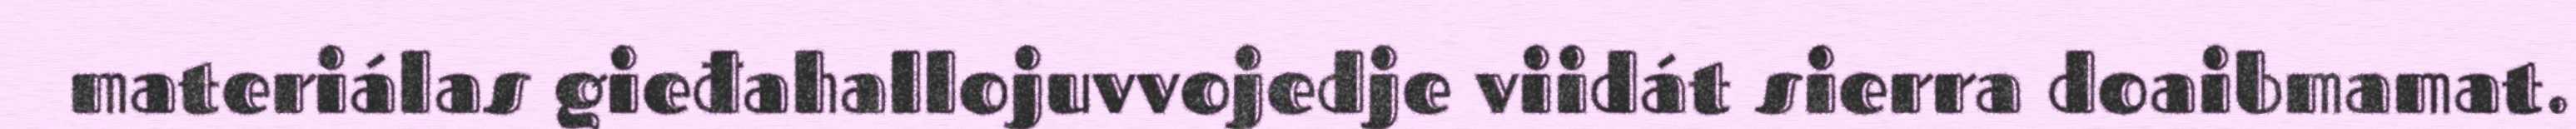
materiálas gieđahallojuvvojedje viidát sierra doaibmamat.